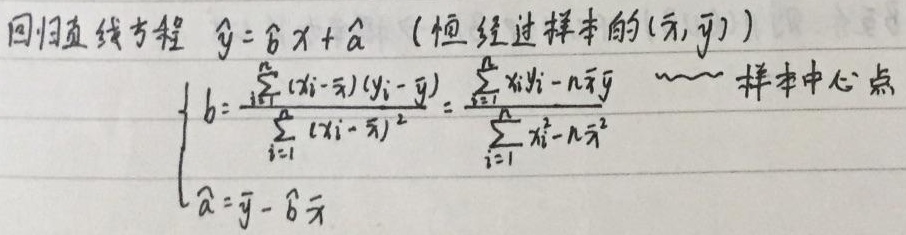
回归直线方程\(\hat{y}=\hat{b}x+\hat{a}\)（恒经过样本的\((\overline{x},\overline{y})\)）
\[
\begin{cases}
\hat{b}=\frac{\sum_{i = 1}^{n}(x_{i}-\overline{x})(y_{i}-\overline{y})}{\sum_{i = 1}^{n}(x_{i}-\overline{x})^{2}}=\frac{\sum_{i = 1}^{n}x_{i}y_{i}-n\overline{x}\overline{y}}{\sum_{i = 1}^{n}x_{i}^{2}-n\overline{x}^{2}} & \text{样本中心点}\\
\hat{a}=\overline{y}-\hat{b}\overline{x}
\end{cases}
\]